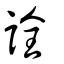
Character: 詮